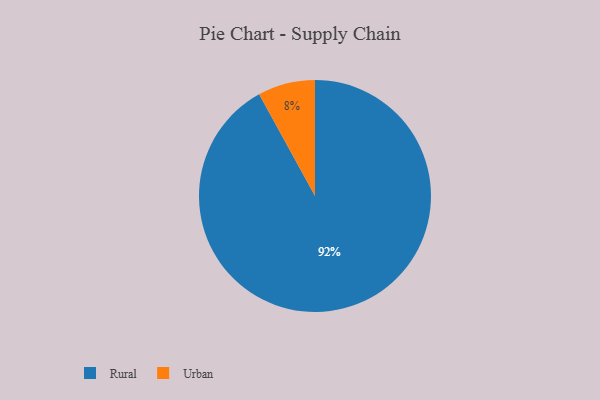
{"axis": {"x": "Category", "y": "Percentage"}, "legend": ["Rural", "Urban"], "data": [{"x": "Urban", "y": 8, "type": "Urban"}, {"x": "Rural", "y": 92, "type": "Rural"}]}